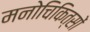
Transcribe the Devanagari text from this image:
मनोचिकित्सों